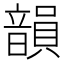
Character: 韻